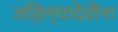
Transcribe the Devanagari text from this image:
अहिल्यादेवींना